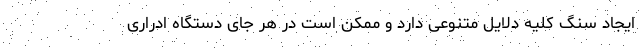
ایجاد سنگ کلیه دلایل متنوعی دارد و ممکن است در هر جای دستگاه ادراری